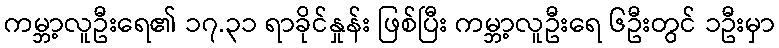
ကမ္ဘာ့လူဦးရေ၏ ၁၇.၃၁ ရာခိုင်နှုန်း ဖြစ်ပြီး ကမ္ဘာ့လူဦးရေ ၆ဦးတွင် ၁ဦးမှာ